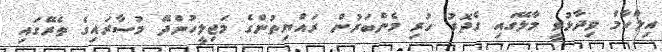
އިލްހާމް ވިދާޅުވީ މާލޭގައި ގެދޮރު ހުރި މެންބަރުން ރައްޔިތުންގެ މަޖިލީހުންދޭ މުސާރައިގެ ތެރޭގައި